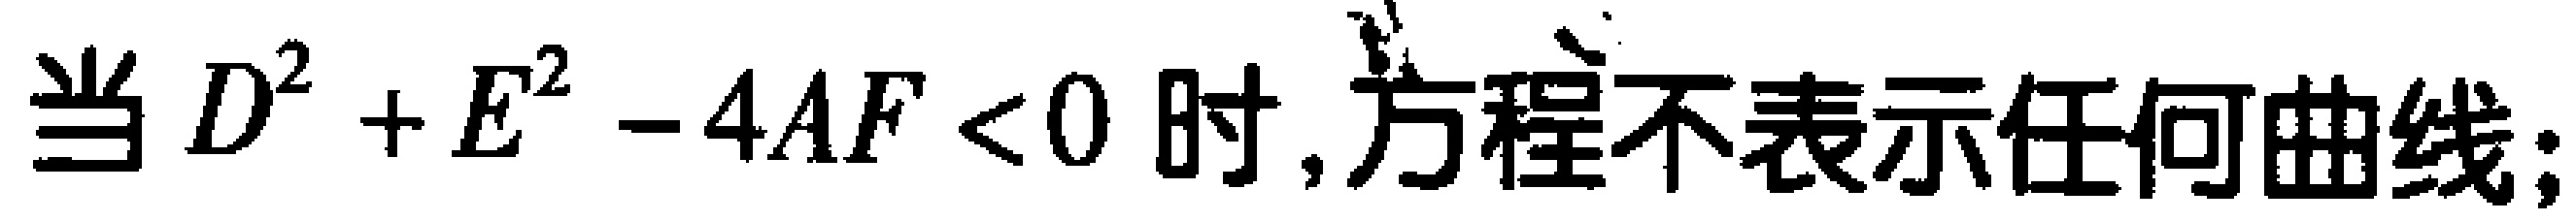
当 \(D^{2}+E^{2}-4AF<0\) 时,方程不表示任何曲线;